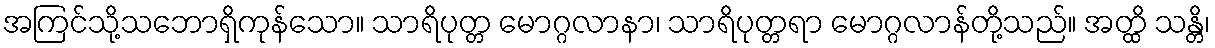
အကြင်သို့သဘောရှိကုန်သော။ သာရိပုတ္တ မောဂ္ဂလာနာ၊ သာရိပုတ္တရာ မောဂ္ဂလာန်တို့သည်။ အတ္ထိ သန္တိ၊